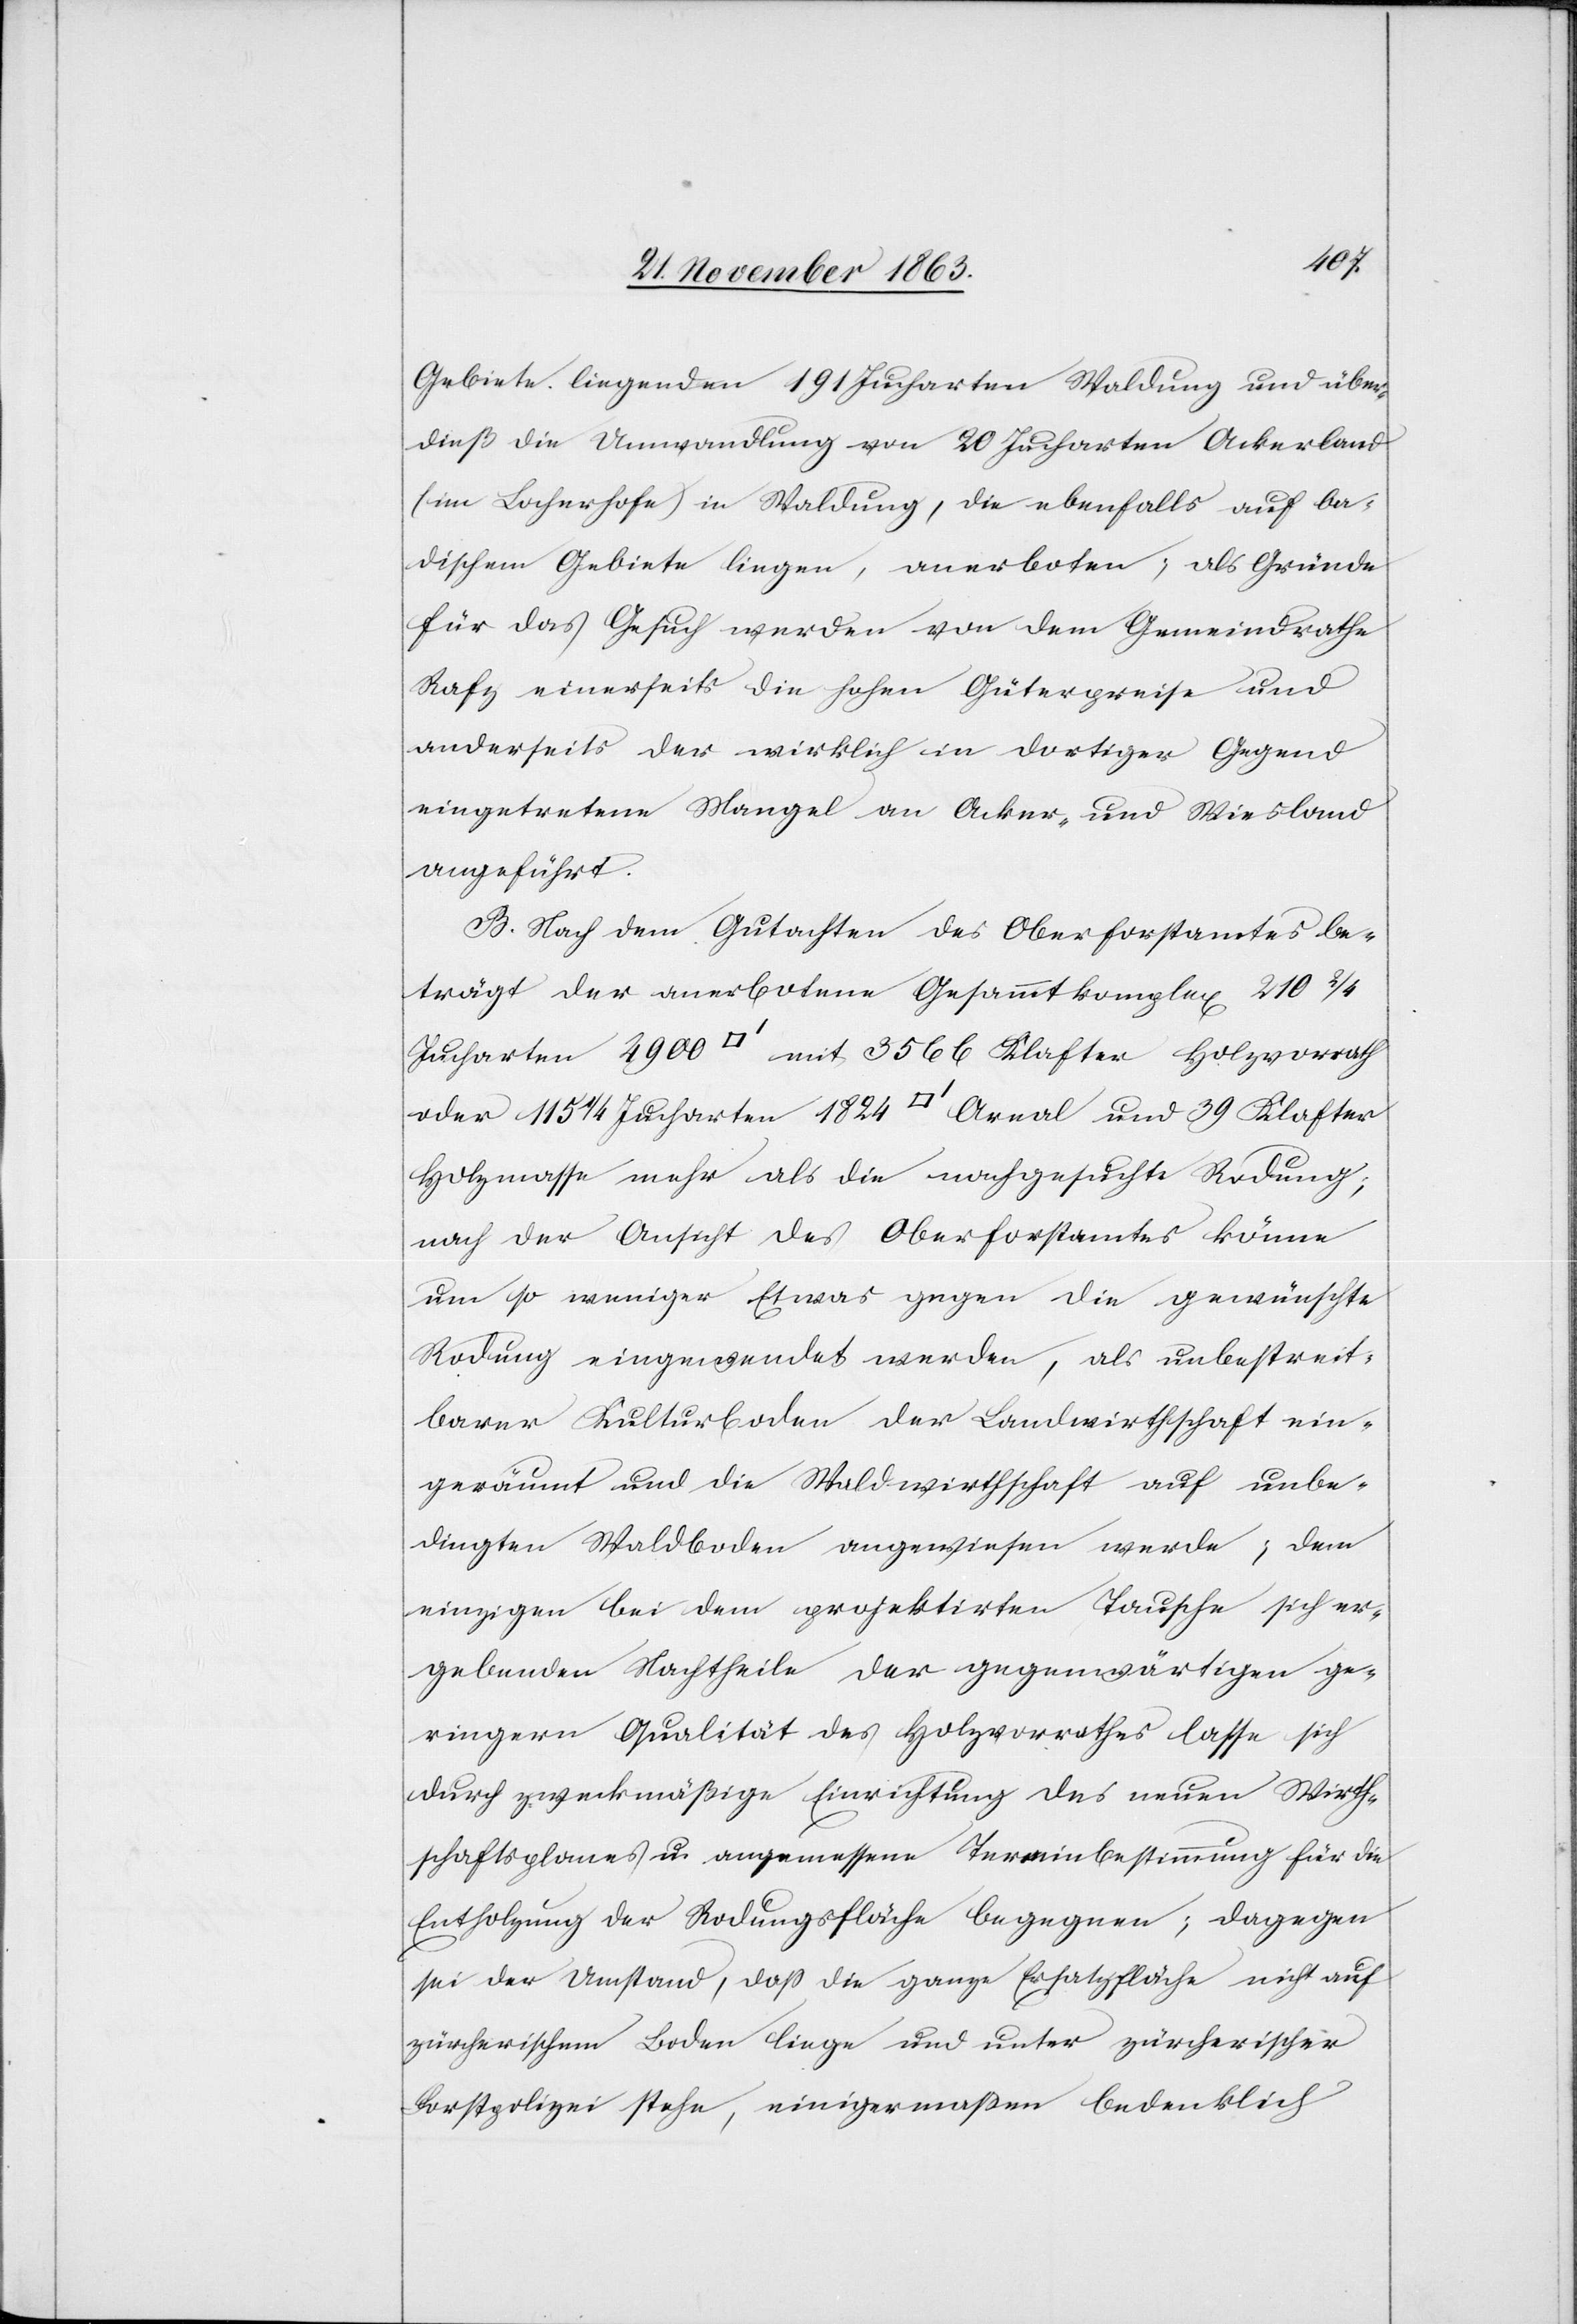
Gebiete liegenden 191 Jucharten Waldungen und über¬
dieß die Umwandlung von 20 Jucharten Ackerland
(im Locherhofe) in Waldung, die ebenfalls auf ba¬
dischem Gebiete liegen, anerboten; als Gründe
für das Gesuch werden von dem Gemeindrathe
Rafz einerseits die hohen Güterpreise und
anderseits der wirklich in dortiger Gegend
eingetretene Mangel an Acker- und Wiesland
angeführt.
B. Nach dem Gutachten des Oberforstamtes be¬
trägt der anerbotene Gesammtkomplex 210 2/4
Jucharten 2900 [Quadratfuss] mit 3566 Klafter Holzvorrath
oder 115 1/4 Jucharten 1824 [Quadratfuss] Areal und 39 Klafter
Holzmasse mehr als die nachgesuchte Rodung;
nach der Ansicht des Oberforstamtes könne
um so weniger Etwas gegen die gewünschte
Rodung eingewendet werden, als unbestreit¬
barer Kulturboden der Landwirthschaft ein¬
geräumt und die Waldwirthschaft auf unbe¬
dingten Waldboden angewiesen werde; dem
einzigen bei dem projektirten Tausche sich er¬
gebenden Nachtheile der gegenwärtigen ge¬
ringern Qualität des Holzvorrathes lasse sich
durch zweckmäßige Einrichtung des neuen Wirth¬
schaftsplanes u. angemessene Terrainbestimmung für die
Entholzung der Rodungsfläche begegnen; dagegen
sei der Umstand, dass die ganze Ersatzfläche nicht auf
zürcherischem Boden liege und unter zürcherischer
Forstpolizei stehe, einigermassen bedenklich